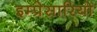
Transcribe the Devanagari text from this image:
इम्प्रेसारियो